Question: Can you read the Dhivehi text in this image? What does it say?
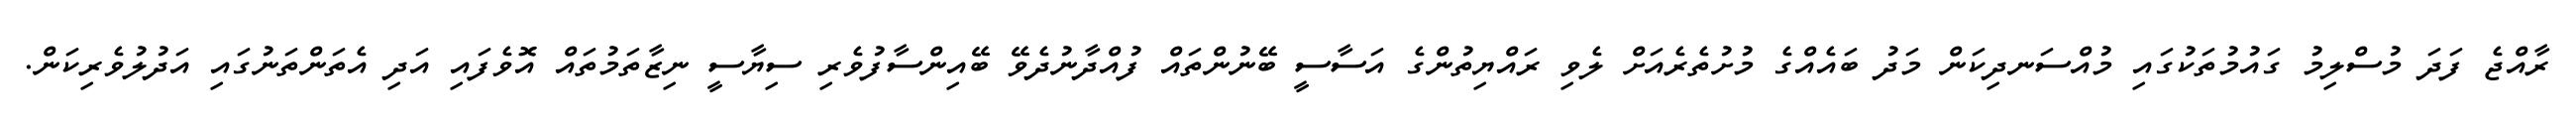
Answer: ރާއްޖެ ފަދަ މުސްލިމު ގައުމުތަކުގައި މުއްސަނދިކަން މަދު ބައެއްގެ މުށުތެރެއަށް ލެވި ރައްޔިތުންގެ އަސާސީ ބޭނުންތައް ފުއްދާނުދެވޭ ބޭއިންސާފުވެރި ސިޔާސީ ނިޒާތަމުތައް އޮވެފައި އަދި އެތަންތަނުގައި އަދުލުވެރިކަން.